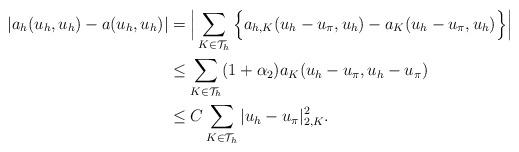
LaTeX: \begin{align*}|a_h(u_h,u_h)-a(u_h,u_h)|&=\Big|\sum\limits_{K\in \mathcal{T}_h}\Big\{a_{h,K}(u_h-u_{\pi},u_h) -a_{K}(u_h-u_{\pi},u_h)\Big\}\Big|\\&\leq \sum\limits_{K\in \mathcal{T}_h} (1+\alpha_2)a_K(u_h-u_{\pi},u_h-u_{\pi})\\& \leq C \sum\limits_{K\in \mathcal{T}_h}|u_h-u_{\pi}|_{2,K}^2. \end{align*}